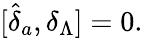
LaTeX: \lbrack\widehat{\delta}_{a},\delta_{\Lambda}]=0.